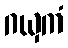
ဂယှကံ